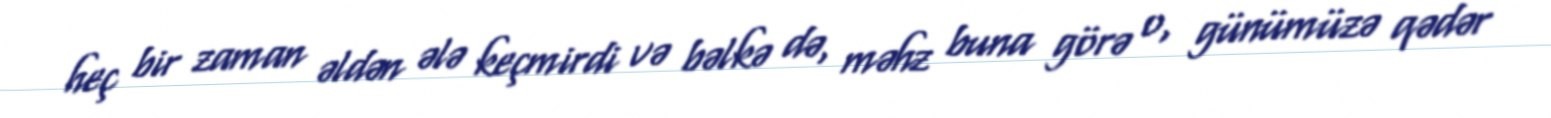
heç bir zaman əldən ələ keçmirdi və bəlkə də, məhz buna görə o, günümüzə qədər